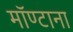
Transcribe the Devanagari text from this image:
मॉण्टाना